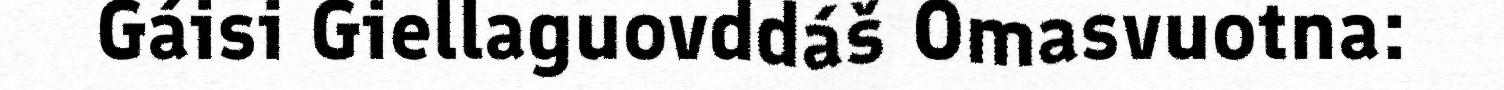
Gáisi Giellaguovddáš Omasvuotna: